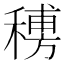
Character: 𥡨